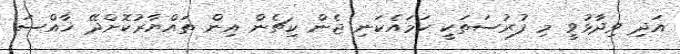
އަދި ވިދާޅުވީ މި ފުރުސަތަކީ ހަމައެކަނި ޖެން ކިޗެން އިން ތައްޔާރުކޮށްދޭ ޚާއްސަ